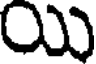
యి